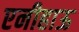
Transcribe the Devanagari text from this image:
एनीहाऊ